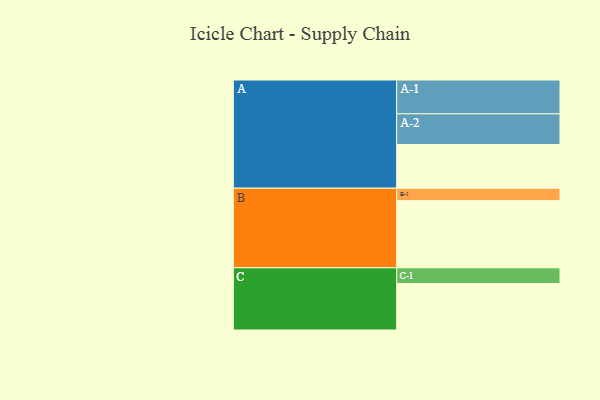
{"axis": {"x": "Segment", "y": "Value"}, "legend": ["", "A", "B", "C"], "data": [{"x": "A", "y": 337, "type": ""}, {"x": "B", "y": 518, "type": ""}, {"x": "C", "y": 358, "type": ""}, {"x": "A-1", "y": 261, "type": "A"}, {"x": "A-2", "y": 237, "type": "A"}, {"x": "B-1", "y": 96, "type": "B"}, {"x": "C-1", "y": 122, "type": "C"}]}